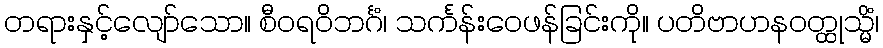
တရားနှင့်လျော်သော။ စီဝရဝိဘင်္ဂံ၊ သင်္ကန်းဝေဖန်ခြင်းကို။ ပတိဗာဟနဝတ္ထုသ္မိံ၊